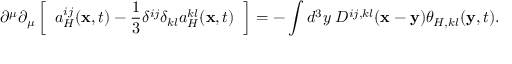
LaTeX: \partial ^ { \mu } \partial _ { \mu } \left[ \; \; a _ { H } ^ { i j } ( { \bf x } , t ) - \frac { 1 } { 3 } \delta ^ { i j } \delta _ { k l } a _ { H } ^ { k l } ( { \bf x } , t ) \; \; \right] = - \int d ^ { 3 } y \; D ^ { i j , k l } ( { \bf x } - { \bf y } ) \theta _ { H , k l } ( { \bf y } , t ) .